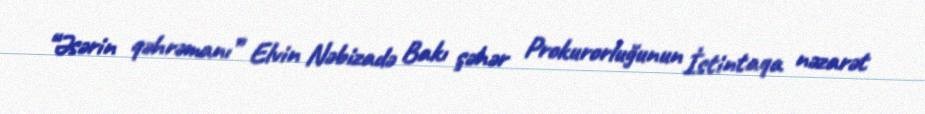
“Əsərin qəhrəmanı” Elvin Nəbizadə Bakı şəhər Prokurorluğunun İstintaqa nəzarət